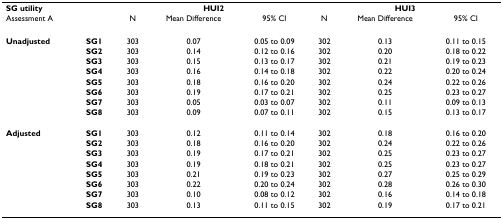
| SG utility |  | <COLSPAN=3> HUI2 | <COLSPAN=3> HUI3 |
 | Assessment A |  | N | Mean Difference | 95% CI | N | Mean Difference | 95% CI |
 | --- | --- | --- | --- | --- | --- | --- | --- |
 | Unadjusted | SG1 | 303 | 0.07 | 0.05 to 0.09 | 302 | 0.13 | 0.11 to 0.15 |
 |  | SG2 | 303 | 0.14 | 0.12 to 0.16 | 302 | 0.20 | 0.18 to 0.22 |
 |  | SG3 | 303 | 0.15 | 0.13 to 0.17 | 302 | 0.21 | 0.19 to 0.23 |
 |  | SG4 | 303 | 0.16 | 0.14 to 0.18 | 302 | 0.22 | 0.20 to 0.24 |
 |  | SG5 | 303 | 0.18 | 0.16 to 0.20 | 302 | 0.24 | 0.22 to 0.26 |
 |  | SG6 | 303 | 0.19 | 0.17 to 0.21 | 302 | 0.25 | 0.23 to 0.27 |
 |  | SG7 | 303 | 0.05 | 0.03 to 0.07 | 302 | 0.11 | 0.09 to 0.13 |
 |  | SG8 | 303 | 0.09 | 0.07 to 0.11 | 302 | 0.15 | 0.13 to 0.17 |
 | Adjusted | SG1 | 303 | 0.12 | 0.11 to 0.14 | 302 | 0.18 | 0.16 to 0.20 |
 |  | SG2 | 303 | 0.18 | 0.16 to 0.20 | 302 | 0.24 | 0.22 to 0.26 |
 |  | SG3 | 303 | 0.19 | 0.17 to 0.21 | 302 | 0.25 | 0.23 to 0.27 |
 |  | SG4 | 303 | 0.19 | 0.18 to 0.21 | 302 | 0.25 | 0.23 to 0.27 |
 |  | SG5 | 303 | 0.21 | 0.19 to 0.23 | 302 | 0.27 | 0.25 to 0.29 |
 |  | SG6 | 303 | 0.22 | 0.20 to 0.24 | 302 | 0.28 | 0.26 to 0.30 |
 |  | SG7 | 303 | 0.10 | 0.08 to 0.12 | 302 | 0.16 | 0.14 to 0.18 |
 |  | SG8 | 303 | 0.13 | 0.11 to 0.15 | 302 | 0.19 | 0.17 to 0.21 |